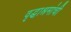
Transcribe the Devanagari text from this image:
वृद्धाश्रमांची